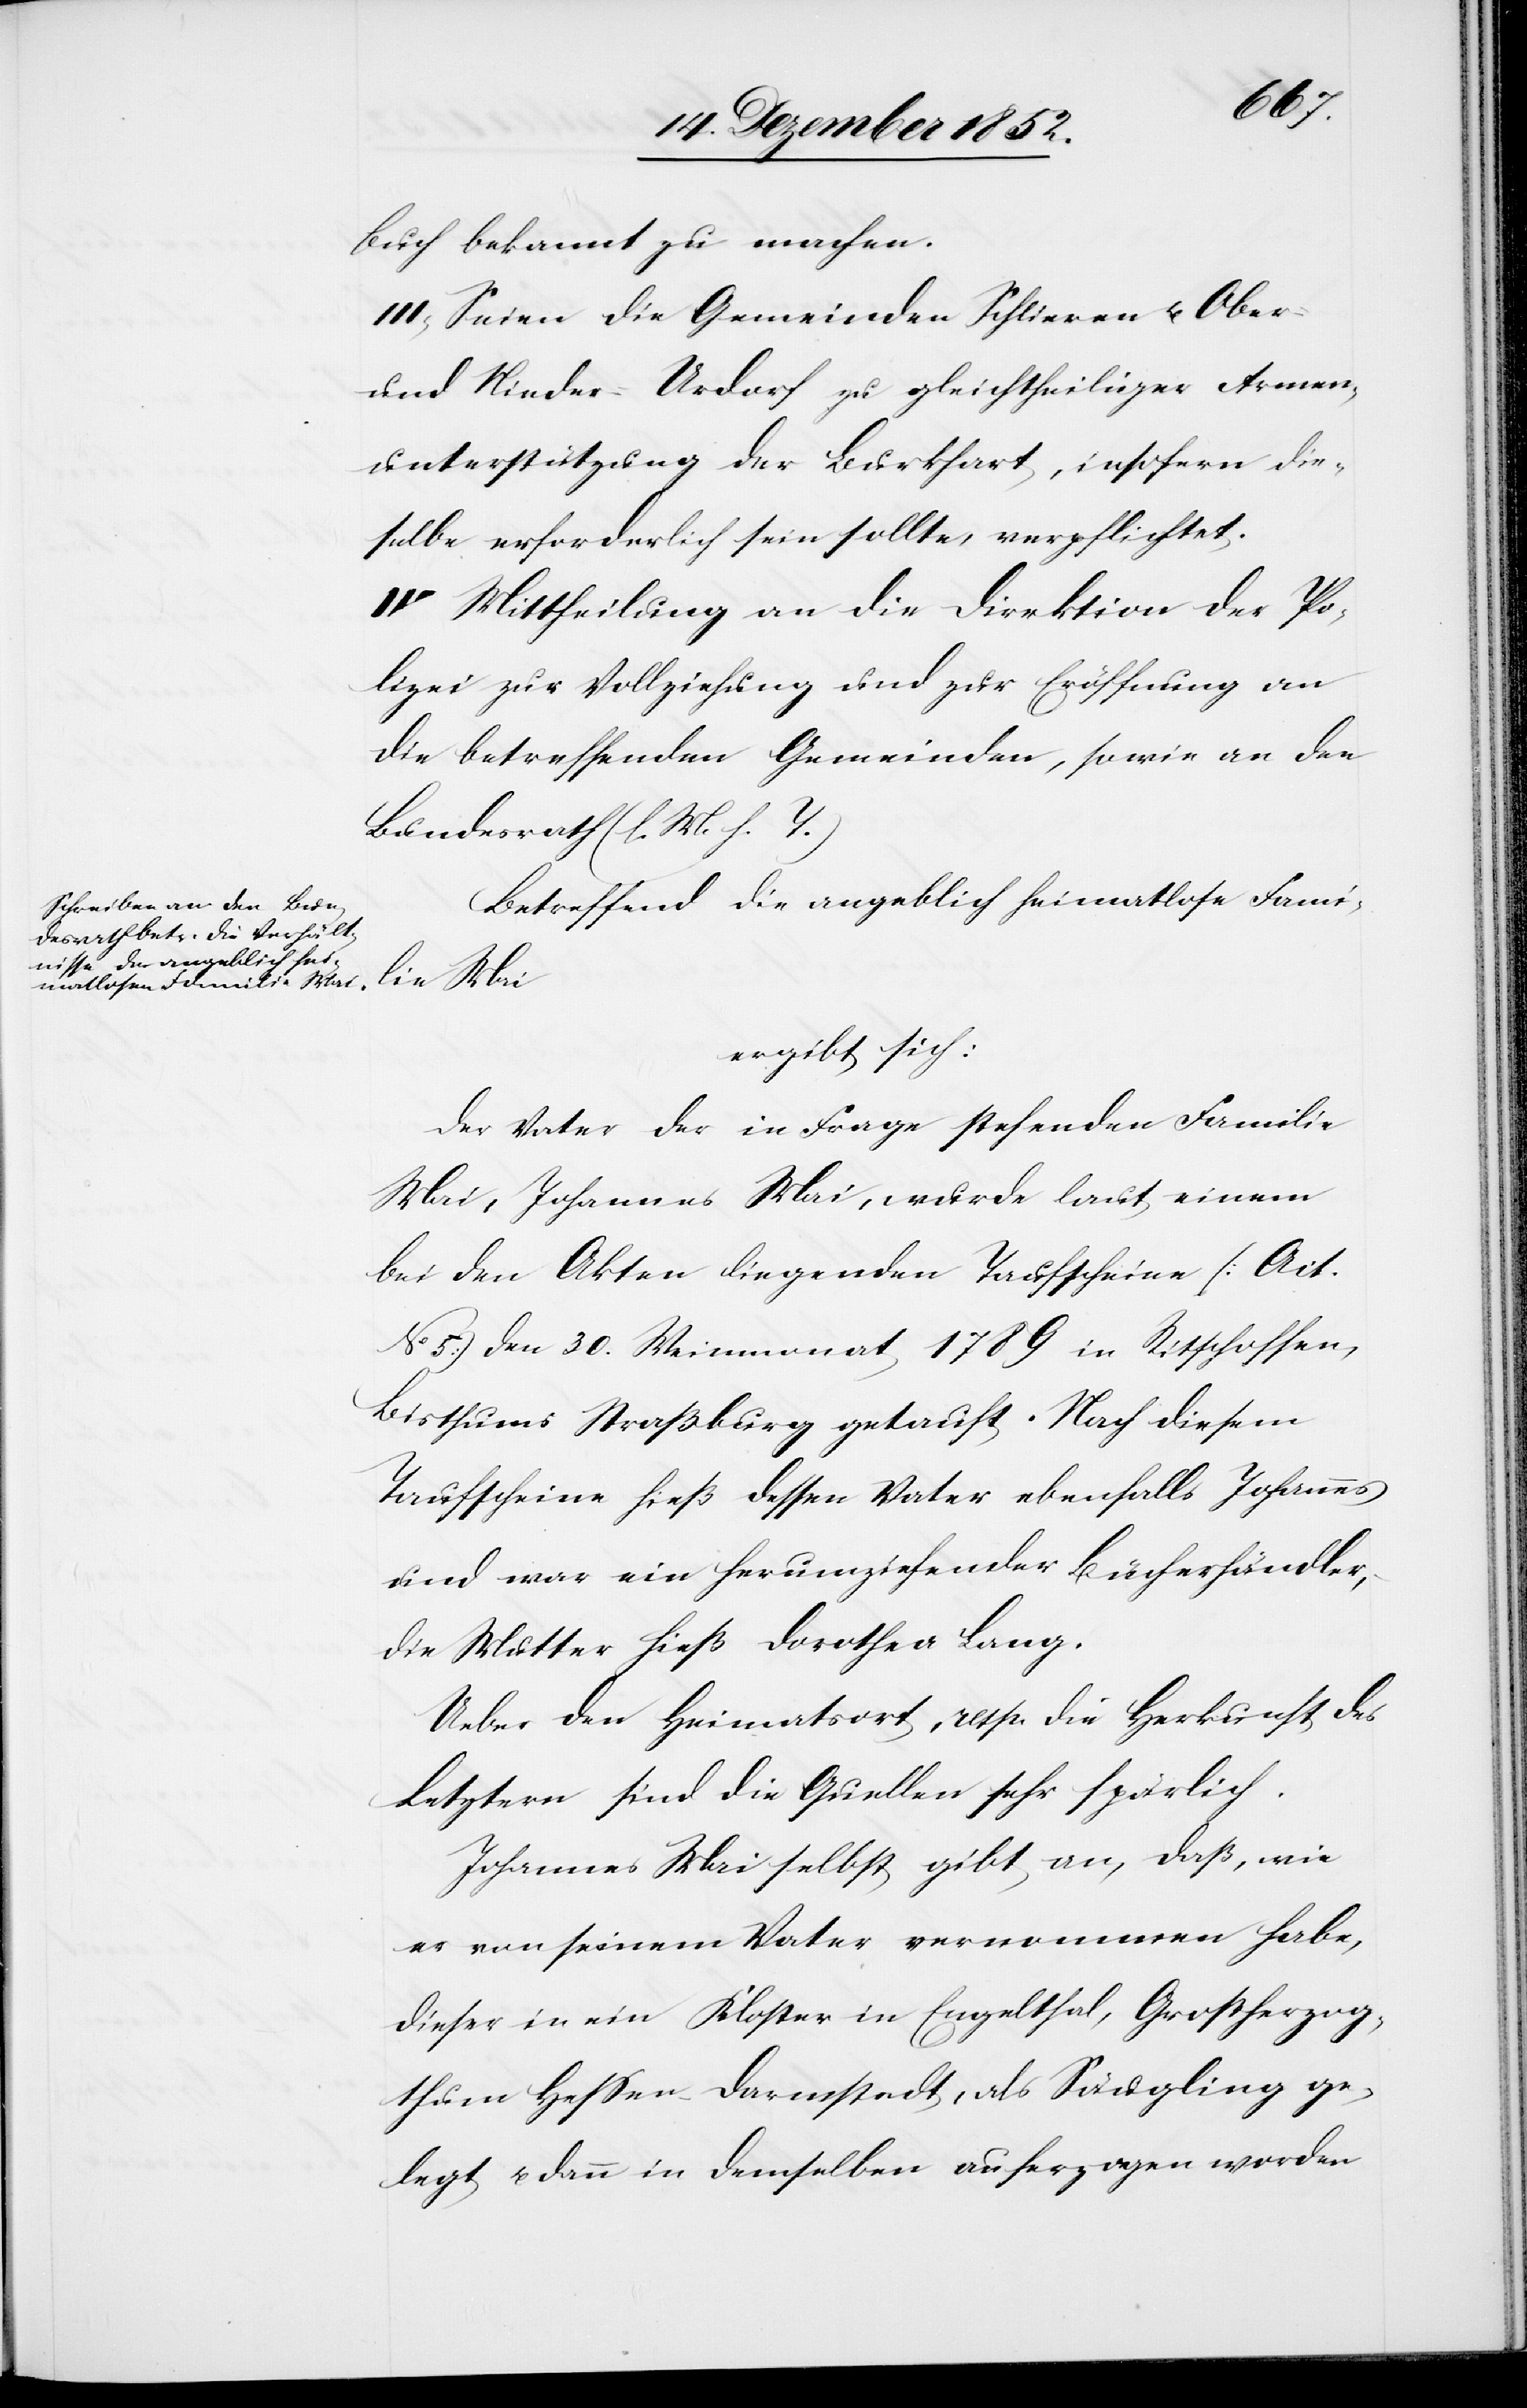
buch bekannt zu machen.
III, Seien die Gemeinden Schlieren u. Ober-
und Nieder-Urdorf zu gleichtheiliger Armen¬
unterstützung der Burkhart, insofern die¬
selbe erforderlich sein sollte, verpflichtet.
IV Mittheilung an die Direktion der Po¬
lizei zur Vollziehung und zur Eröffnung an
die betreffenden Gemeinden, sowie an den
Bundesrath (l. M. h. T.)